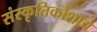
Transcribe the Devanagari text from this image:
संस्कृतिकोशाचे